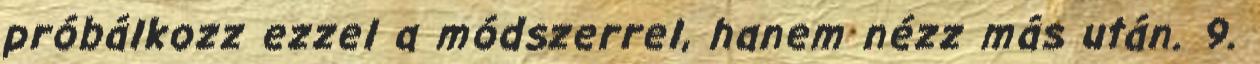
próbálkozz ezzel a módszerrel, hanem nézz más után. 9.